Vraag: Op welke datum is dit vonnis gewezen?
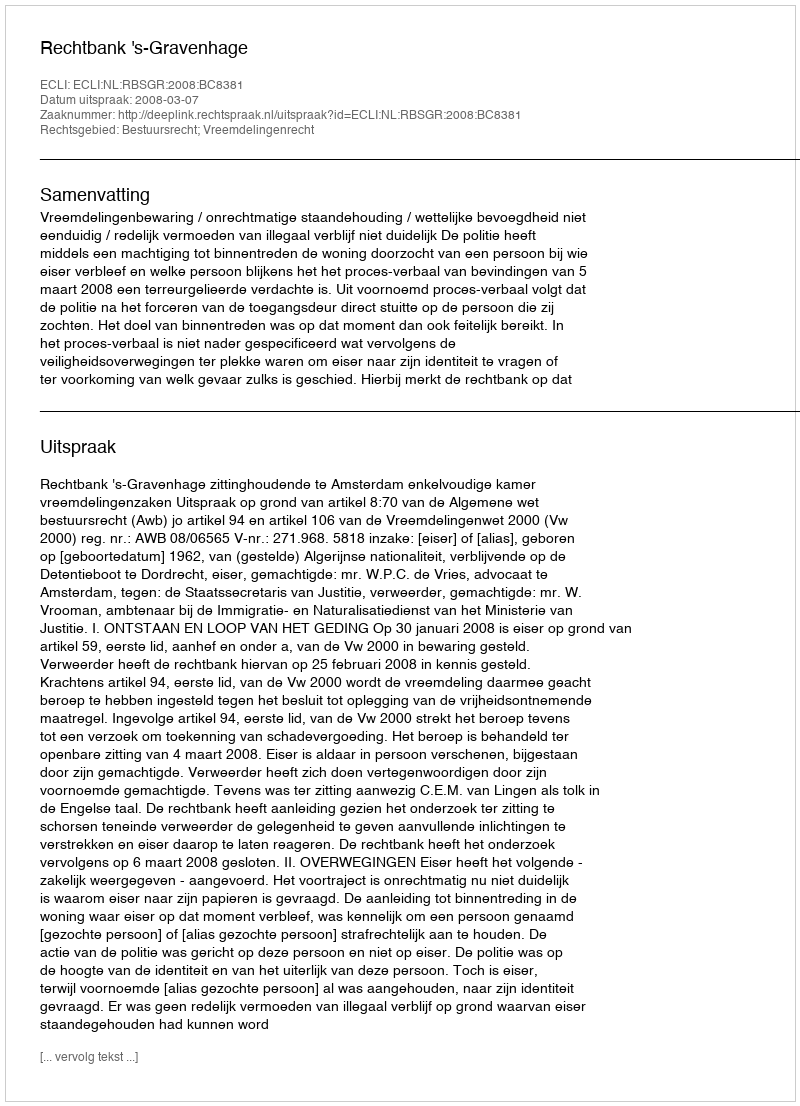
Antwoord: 2008-03-07